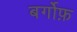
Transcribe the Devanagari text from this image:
बर्गोफ़